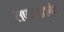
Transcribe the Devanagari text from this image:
लष्करांतर्गत